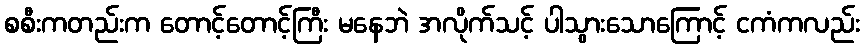
စစီးကတည်းက တောင့်တောင့်ကြီး မနေဘဲ အလိုက်သင့် ပါသွားသောကြောင့် ငကံကလည်း